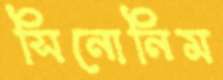
সিনোনিম